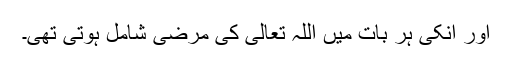
اور انکی ہر بات میں اللہ تعالیٰ کی مرضی شامل ہوتی تھی۔